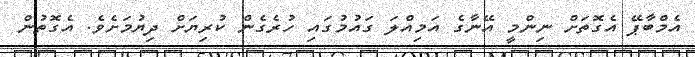
އެމްބާޕޭ އެގޮތަށް ނިންމީ އޭނާގެ އަމިއްލަ ގައުމުގައި ހުރެގެން ކުރިޔަށް ދިޔުމަށެވެ. އެގޮތުން